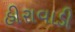
હીરાવાડી